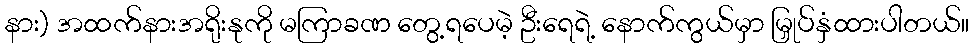
နား) အထက်နားအရိုးနုကို မကြာခဏ တွေ့ရပေမဲ့ ဦးရေရဲ့ နောက်ကွယ်မှာ မြှုပ်နှံထားပါတယ်။